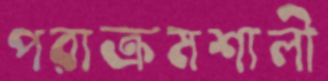
পরাক্রমশালী